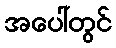
အပေါ်တွင်